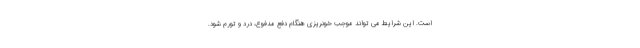
است. این شرایط می تواند موجب خونریزی هنگام دفع مدفوع، درد و تورم شود.